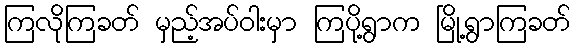
ကြလိုကြခတ် မှည့်အပ်ဝါးမှာ ကြပို့ရွာက မြို့ရွာကြခတ်